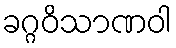
ခဂ္ဂဝိသာဏဝါ